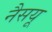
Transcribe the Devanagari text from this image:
नैसयू